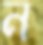
ন